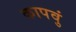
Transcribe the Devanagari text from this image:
कापवुं